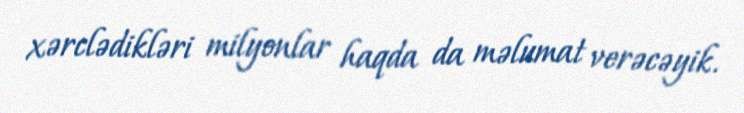
xərclədikləri milyonlar haqda da məlumat verəcəyik.